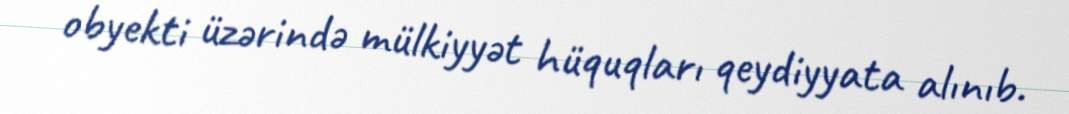
obyekti üzərində mülkiyyət hüquqları qeydiyyata alınıb.